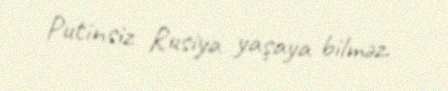
Putinsiz Rusiya yaşaya bilməz.